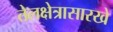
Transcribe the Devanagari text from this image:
तेलक्षेत्रासारखे